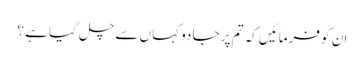
ان کو فرمائیں کہ تم پر جادو کہاں سے چل گیا ہے ؟